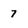
Character: 7